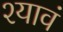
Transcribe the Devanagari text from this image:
श्यावं